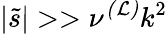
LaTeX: |\tilde{s}|>>\nu^{\mathcal{(L)}}k^{2}